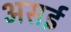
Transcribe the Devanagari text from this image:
असई